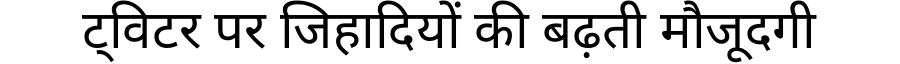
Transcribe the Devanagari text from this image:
ट्विटर पर जिहादियों की बढ़ती मौजूदगी